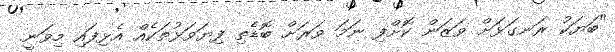
"ބަޔަކު ރަނގަޅަށް ވަޒަން ކޮށްފި ނަމަ ވަރަށް ބޮޑެތި ފިޔަވަޅުތަކެއް އެޅިފައި މިވަނީ.